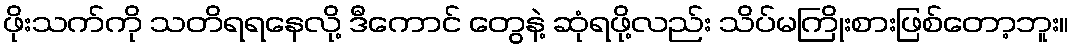
ဖိုးသက်ကို သတိရရနေလို့ ဒီကောင် တွေနဲ့ ဆုံရဖို့လည်း သိပ်မကြိုးစားဖြစ်တော့ဘူး။